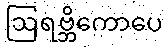
ဩရဗ္ဘိကောပေ